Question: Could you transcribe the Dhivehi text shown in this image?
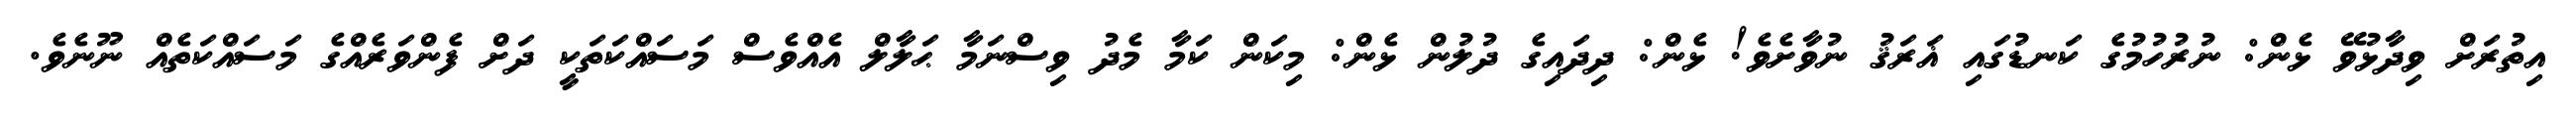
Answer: އިތުރަށް ވިދާޅުވޭ ޅެން: ނުރުހުމުގެ ކަނޑުގައި ޣަރަޤު ނުވާށެވެ! ޅެން: ދިދައިގެ ދުލުން ޅެން: މިކަން ކަމާ މެދު ވިސްނަމާ ޙަލާލް އެއްވެސް މަސައްކަތަކީ ދަށް ފެންވަރެއްގެ މަސައްކަތެއް ނޫނެވެ.